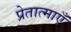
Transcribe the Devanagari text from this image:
प्रेतात्माएँ